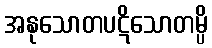
အနုသောတပဋိသောတမ္ပိ